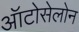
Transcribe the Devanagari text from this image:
ऑटोसेलोन